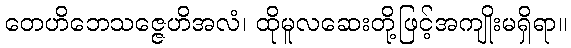
တေဟိဘေသဇ္ဇေဟိအလံ၊ ထိုမူလဆေးတို့ဖြင့်အကျိုးမရှိရာ။